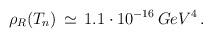
LaTeX: \begin{align*}\rho _{R}(T_{n})\,\simeq \,1.1\cdot 10^{-16}\,GeV^{4}\,. \end{align*}